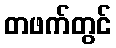
တဖက်တွင်